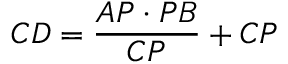
C D = { \frac { A P \cdot P B } { C P } } + C P